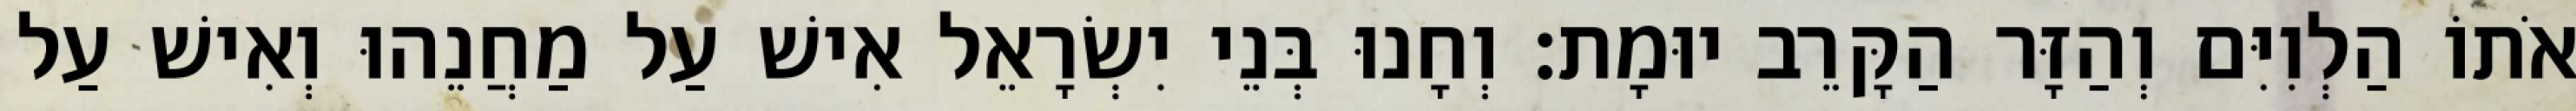
אֹתוֹ הַלְוִיִּם וְהַזָּר הַקָּרֵב יוּמָת׃ וְחָנוּ בְּנֵי יִשְׂרָאֵל אִישׁ עַל מַחֲנֵהוּ וְאִישׁ עַל